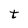
Character: t